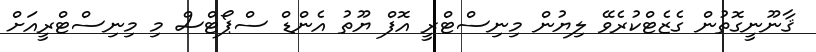
ޤާނޫނީގޮތުން ގެޒެޓްކުރެވޭ ލިޔުން މިނިސްޓްރީ އޮފް ޔޫތު އެންޑް ސްޕޯޓްސް މި މިނިސްޓްރީއަށް